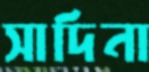
সাদিনা